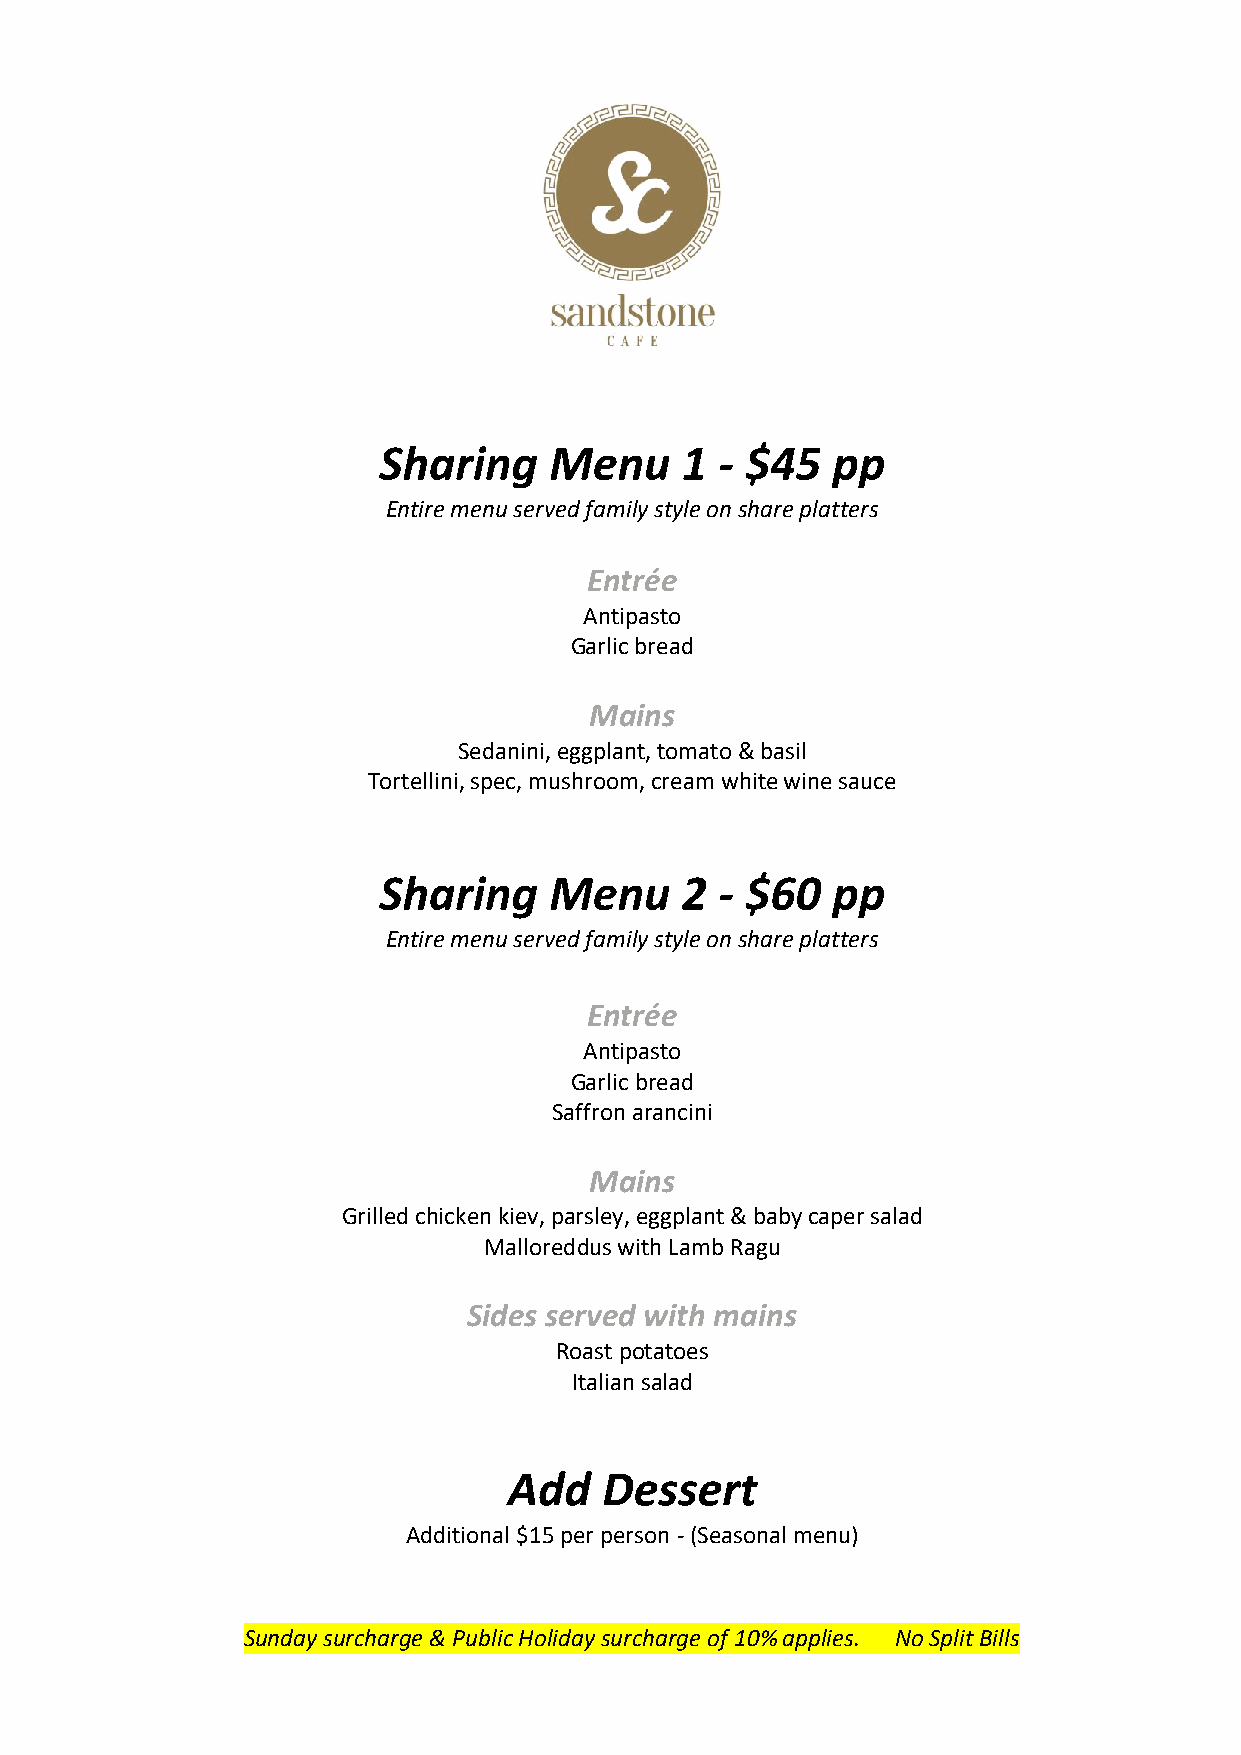
Sharing    Menu     1  - $45  pp
 Entire menu served family style on share platters
 Entrée
 Antipasto
 Garlic bread
 Mains
 Sedanini, eggplant, tomato & basil
 Tortellini, spec, mushroom, cream white wine sauce
 Sharing    Menu     2  - $60  pp
 Entire menu served family style on share platters
 Entrée
 Antipasto
 Garlic bread
 Saffron arancini
 Mains
 Grilled chicken kiev, parsley, eggplant & baby caper salad
 Malloreddus with Lamb Ragu
 Sides served with mains
 Roast potatoes
 Italian salad
 Add   Dessert
 Additional $15 per person - (Seasonal menu)
 Sunday surcharge & Public Holiday surcharge of 10% applies. No Split Bills